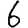
Digit: 6